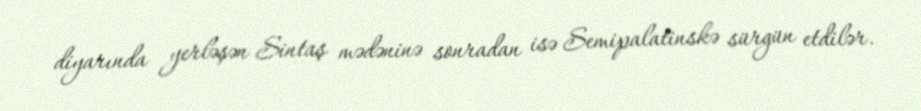
diyarında yerləşən Sintaş mədəninə sonradan isə Semipalatinskə sürgün etdilər.